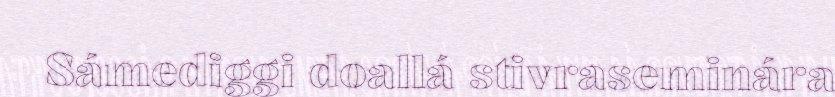
Sámediggi doallá stivraseminára